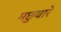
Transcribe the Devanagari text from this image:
मछुवारे